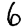
Digit: 6